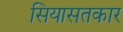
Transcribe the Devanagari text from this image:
सियासतकार